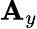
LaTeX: \mathbf{A}_{y}